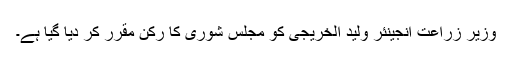
وزیر زراعت انجینئر ولید الخریجی کو مجلس شوری کا رکن مقرر کر دیا گیا ہے۔